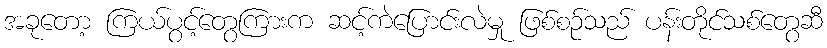
အခုတော့ ကြယ်ပွင့်တွေကြားက ဆင့်ကဲပြောင်းလဲမှု ဖြစ်စဉ်သည် ပန်းတိုင်သစ်တွေဆီ